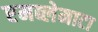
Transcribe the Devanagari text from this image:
एमब्लेमाटा